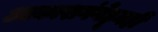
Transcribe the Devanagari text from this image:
आकाशगंगेहूनही